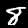
Label: 8